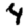
Digit: 4